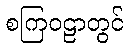
စကြဝဠာတွင်